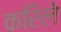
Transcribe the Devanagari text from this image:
करिले